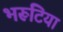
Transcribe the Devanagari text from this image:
भरूंटिया